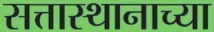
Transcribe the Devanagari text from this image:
सत्तास्थानाच्या